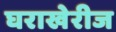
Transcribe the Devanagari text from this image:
घराखेरीज